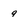
Character: 9